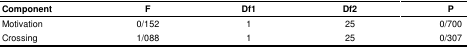
<table><thead><tr><td><b>Component</b></td><td><b>F</b></td><td><b>Df1</b></td><td><b>Df2</b></td><td><b>P</b></td></tr></thead><tbody><tr><td>Motivation</td><td>0/152</td><td>1</td><td>25</td><td>0/700</td></tr><tr><td>Crossing</td><td>1/088</td><td>1</td><td>25</td><td>0/307</td></tr></tbody></table>